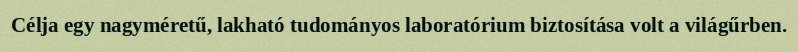
Célja egy nagyméretű, lakható tudományos laboratórium biztosítása volt a világűrben.